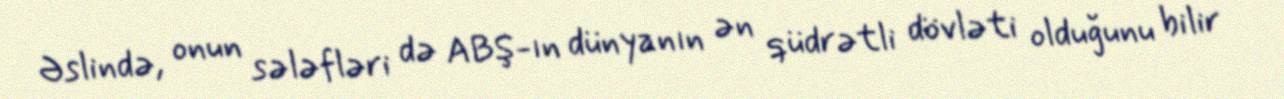
Əslində, onun sələfləri də ABŞ-ın dünyanın ən qüdrətli dövləti olduğunu bilir